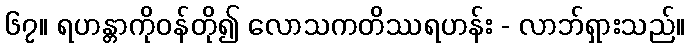
၆၇။ ရဟန္တာကိုဝန်တို၍ လောသကတိဿရဟန်း - လာဘ်ရှားသည်။